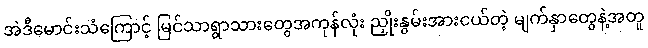
အဲဒီမောင်းသံကြောင့် မြင်သာရွာသားတွေအကုန်လုံး ညှိုးနွမ်းအားငယ်တဲ့ မျက်နှာတွေနဲ့အတူ